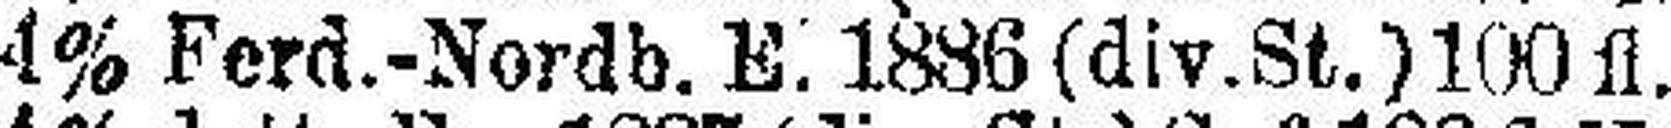
4% Ferd.-Nordb. E. 1886 (div.St.) 100 fl.